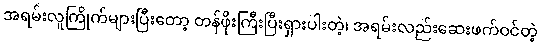
အရမ်းလူကြိုက်များပြီးတော့ တန်ဖိုးကြီးပြီးရှားပါးတဲ့၊ အရမ်းလည်းဆေးဖက်ဝင်တဲ့